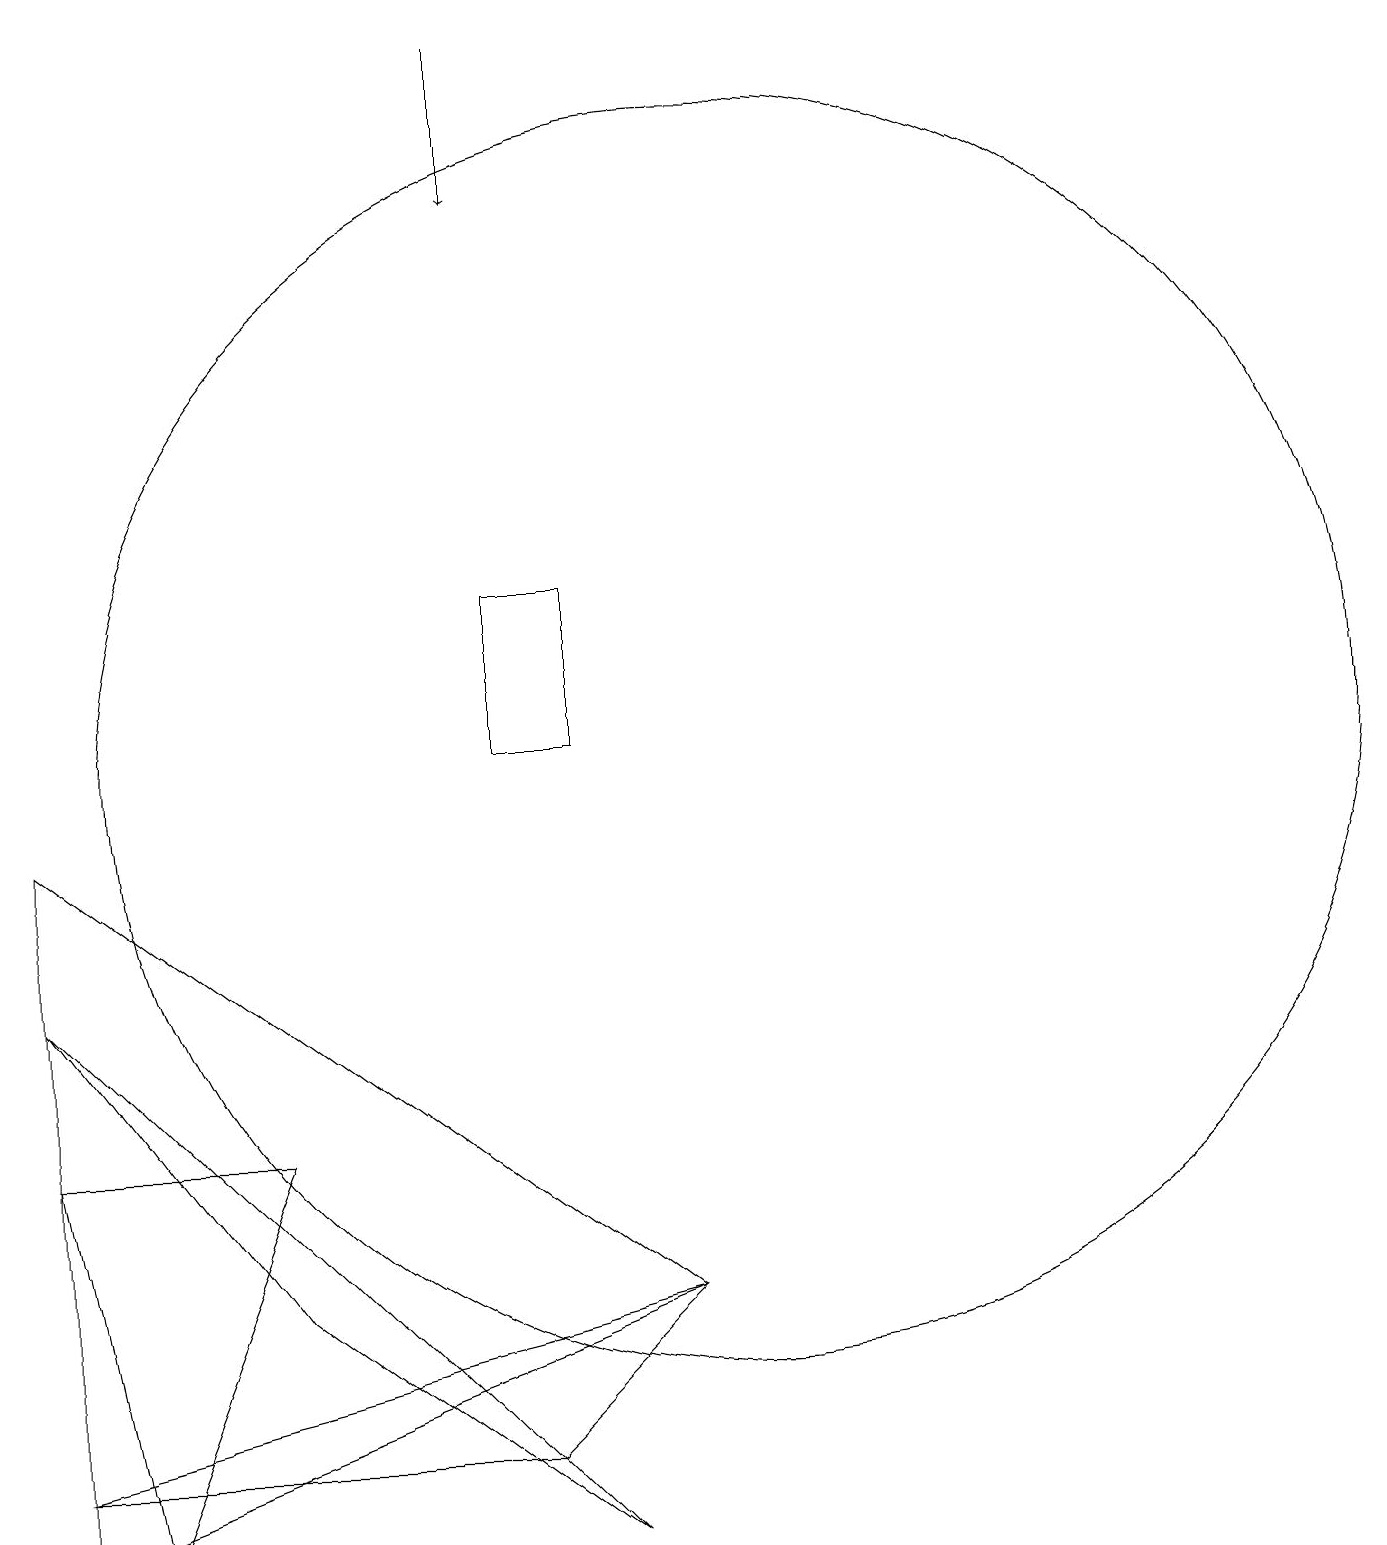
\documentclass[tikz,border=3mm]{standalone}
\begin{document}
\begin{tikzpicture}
\draw[->] (7,19) -- (7,17);
\draw (8,12) rectangle (7,10);
\draw (1,5) -- (4,5) -- (2,0) -- cycle;
\draw (4,3) -- (1,7) -- (8,0) -- cycle;
\draw (10,10) circle (8);
\draw (7,1) -- (9,3) -- (1,1) -- cycle;
\draw (1,9) -- (9,3) -- (1,0) -- cycle;
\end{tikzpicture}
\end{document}